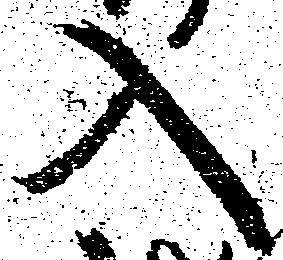
入